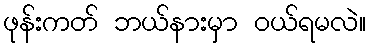
ဖုန်းကတ် ဘယ်နားမှာ ဝယ်ရမလဲ။